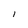
Character: l